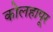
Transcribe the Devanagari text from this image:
कोलहापूर